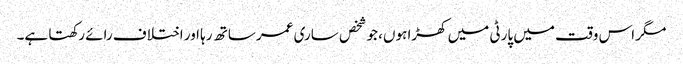
مگر اس وقت میں پارٹی میں کھڑا ہوں، جو شخص ساری عمر ساتھ رہا اور اختلاف رائے رکھتا ہے۔